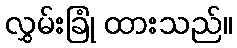
လွှမ်းခြုံ ထားသည်။